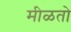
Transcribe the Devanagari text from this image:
मीळतो